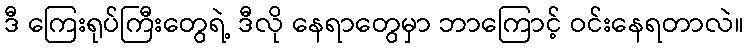
ဒီ ကြေးရုပ်ကြီးတွေရဲ့ ဒီလို နေရာတွေမှာ ဘာကြောင့် ဝင်းနေရတာလဲ။